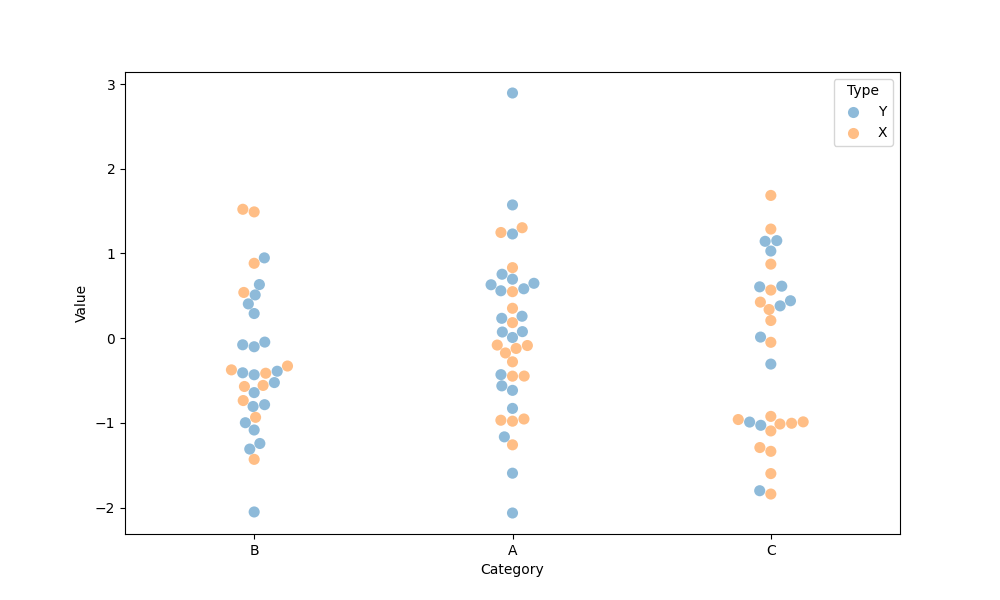
python, seaborn, swarmplot, dodge=False, alpha=0.5, size=8